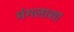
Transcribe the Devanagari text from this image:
मंगलाशा